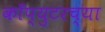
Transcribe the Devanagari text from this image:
काँप्युटरच्या